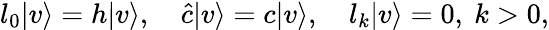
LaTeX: l_{0}|v\rangle=h|v\rangle,\quad\hat{c}|v\rangle=c|v\rangle,\quad l_{k}|v\rangle=0,\ k>0,